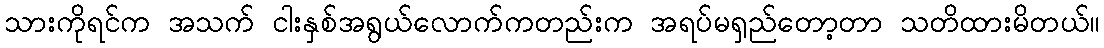
သားကိုရင်က အသက် ငါးနှစ်အရွယ်လောက်ကတည်းက အရပ်မရှည်တော့တာ သတိထားမိတယ်။